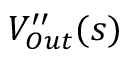
V _ { O u t } ^ { \prime \prime } ( s )